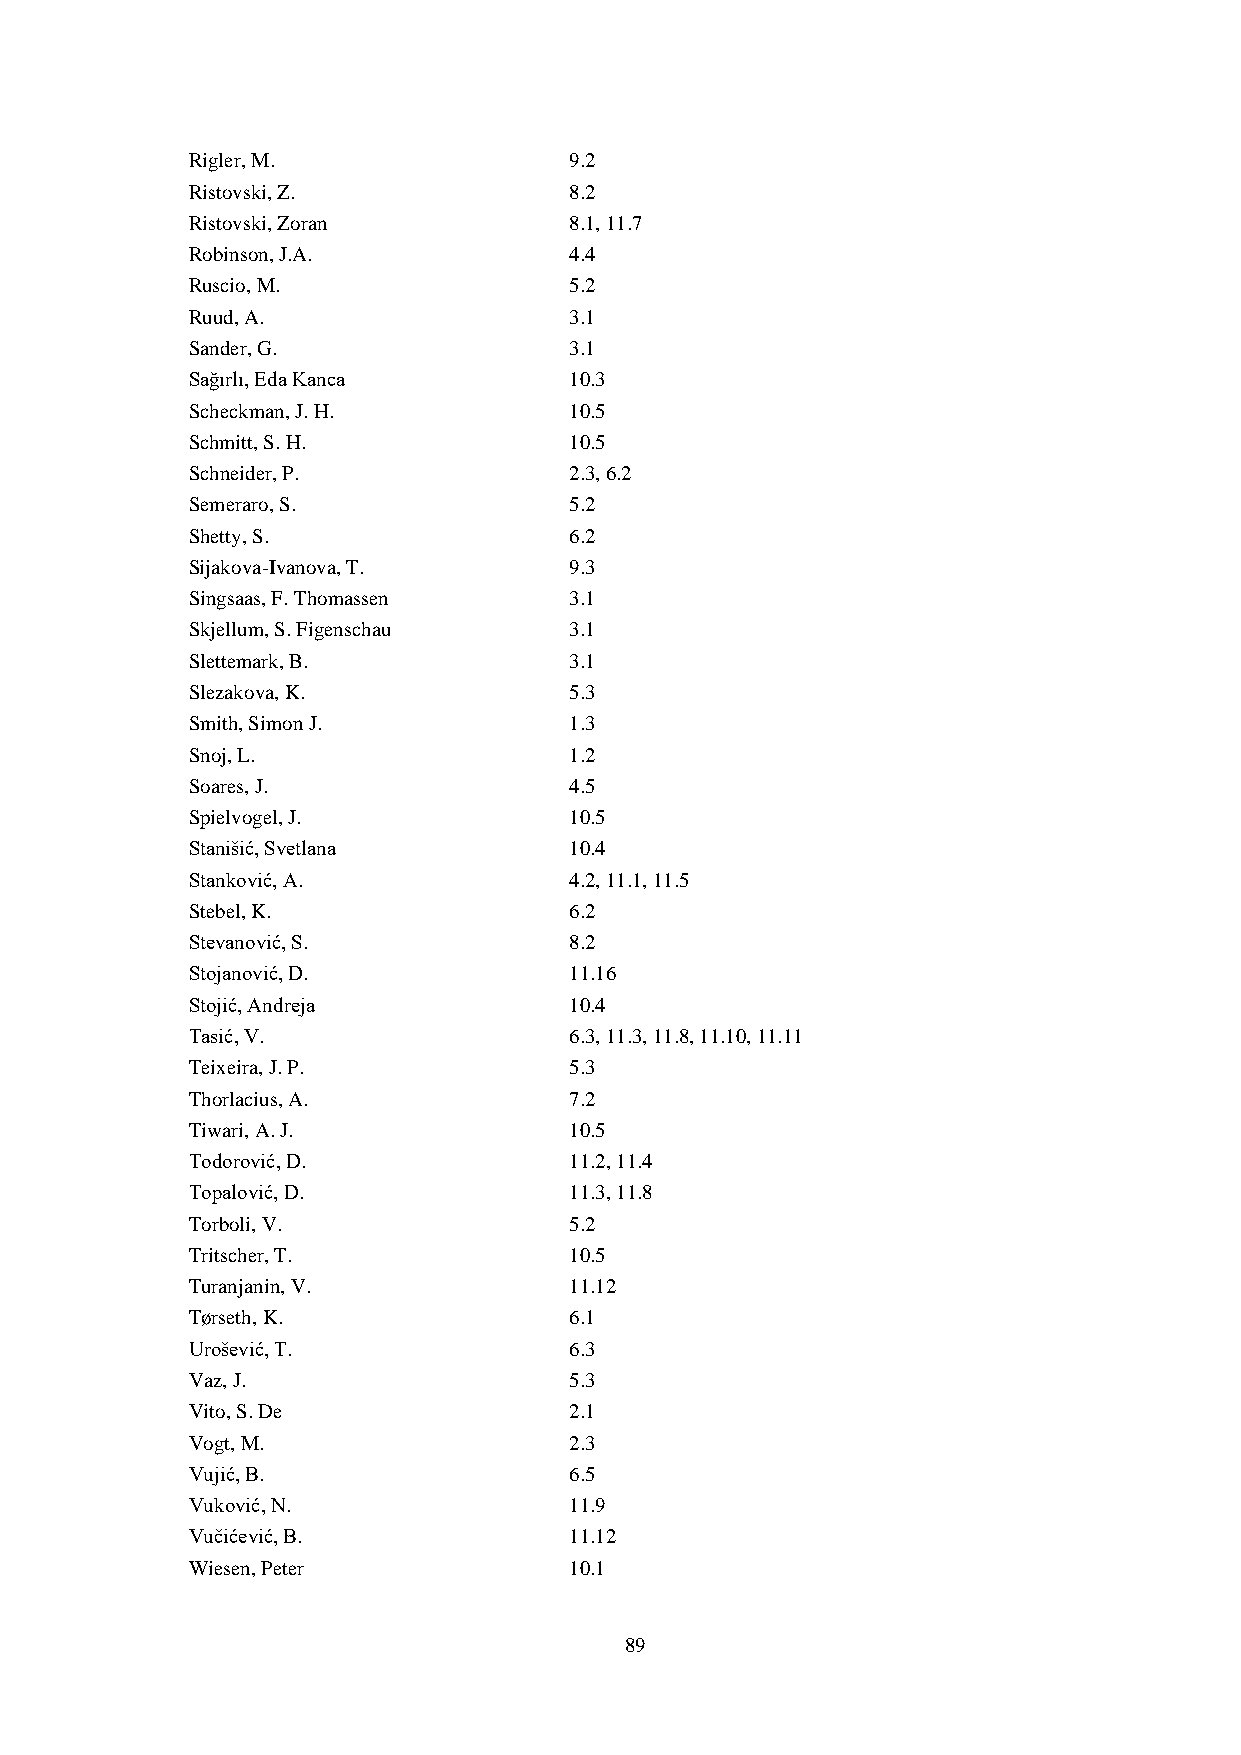
Rigler, M.                9.2
 Ristovski, Z.             8.2
 Ristovski, Zoran          8.1, 11.7
 Robinson, J.A.            4.4
 Ruscio, M.                5.2
 Ruud, A.                  3.1
 Sander, G.                3.1
 Sağırlı, Eda Kanca        10.3
 Scheckman, J. H.          10.5
 Schmitt, S. H.            10.5
 Schneider, P.             2.3, 6.2
 Semeraro, S.              5.2
 Shetty, S.                6.2
 Sijakova-Ivanova, T.      9.3
 Singsaas, F. Thomassen    3.1
 Skjellum, S. Figenschau   3.1
 Slettemark, B.            3.1
 Slezakova, K.             5.3
 Smith, Simon J.           1.3
 Snoj, L.                  1.2
 Soares, J.                4.5
 Spielvogel, J.            10.5
 Stanišić, Svetlana        10.4
 Stanković, A.             4.2, 11.1, 11.5
 Stebel, K.                6.2
 Stevanović, S.            8.2
 Stojanović, D.            11.16
 Stojić, Andreja           10.4
 Tasić, V.                 6.3, 11.3, 11.8, 11.10, 11.11
 Teixeira, J. P.           5.3
 Thorlacius, A.            7.2
 Tiwari, A. J.             10.5
 Todorović, D.             11.2, 11.4
 Topalović, D.             11.3, 11.8
 Torboli, V.               5.2
 Tritscher, T.             10.5
 Turanjanin, V.            11.12
 Tørseth, K.               6.1
 Urošević, T.              6.3
 Vaz, J.                   5.3
 Vito, S. De               2.1
 Vogt, M.                  2.3
 Vujić, B.                 6.5
 Vuković, N.               11.9
 Vučićević, B.             11.12
 Wiesen, Peter             10.1
 89